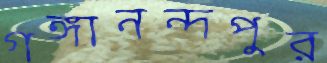
গঙ্গানন্দপুর